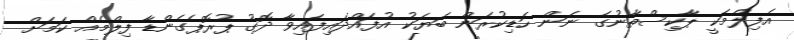
އެފިލްމަކީ ޕާކިސްތާނުގެ ނަން ހަޑިކުރަން ބަޔަކު އުފައްދައިފައިވާ ދޮގު ޕުރޮޕެގެންޑާ ފިލްމެއް ކަމަށް